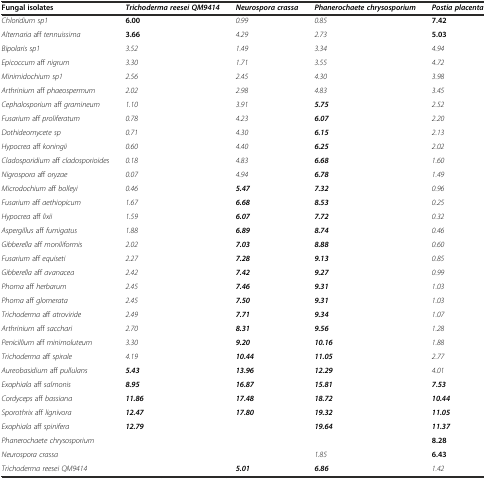
<table><thead><tr><td><b>Fungal isolates</b></td><td><b><i>Trichoderma reesei QM9414</i></b></td><td><b><i>Neurospora crassa</i></b></td><td><b><i>Phanerochaete chrysosporium</i></b></td><td><b><i>Postia placenta</i></b></td></tr></thead><tbody><tr><td><i>Chloridium sp1</i></td><td><b>6.00</b></td><td><i>0.99</i></td><td><i>0.85</i></td><td><b>7.42</b></td></tr><tr><td><i>Alternaria</i> aff <i>tennuissima</i></td><td><b>3.66</b></td><td><i>4.29</i></td><td><i>2.73</i></td><td><b>5.03</b></td></tr><tr><td><i>Bipolaris sp1</i></td><td><i>3.52</i></td><td><i>1.49</i></td><td><i>3.34</i></td><td><i>4.94</i></td></tr><tr><td><i>Epicoccum</i> aff <i>nigrum</i></td><td><i>3.30</i></td><td><i>1.71</i></td><td><i>3.55</i></td><td><i>4.72</i></td></tr><tr><td><i>Minimidochium sp1</i></td><td><i>2.56</i></td><td><i>2.45</i></td><td><i>4.30</i></td><td><i>3.98</i></td></tr><tr><td><i>Arthrinium</i> aff <i>phaeospermum</i></td><td><i>2.02</i></td><td><i>2.98</i></td><td><i>4.83</i></td><td><i>3.45</i></td></tr><tr><td><i>Cephalosporium</i> aff <i>gramineum</i></td><td><i>1.10</i></td><td><i>3.91</i></td><td><b><i>5.75</i></b></td><td><i>2.52</i></td></tr><tr><td><i>Fusarium</i> aff <i>proliferatum</i></td><td><i>0.78</i></td><td><i>4.23</i></td><td><b><i>6.07</i></b></td><td><i>2.20</i></td></tr><tr><td><i>Dothideomycete sp</i></td><td><i>0.71</i></td><td><i>4.30</i></td><td><b><i>6.15</i></b></td><td><i>2.13</i></td></tr><tr><td><i>Hypocrea</i> aff <i>koningii</i></td><td><i>0.60</i></td><td><i>4.40</i></td><td><b><i>6.25</i></b></td><td><i>2.02</i></td></tr><tr><td><i>Cladosporidium</i> aff <i>cladosporioides</i></td><td><i>0.18</i></td><td><i>4.83</i></td><td><b><i>6.68</i></b></td><td><i>1.60</i></td></tr><tr><td><i>Nigrospora</i> aff <i>oryzae</i></td><td><i>0.07</i></td><td><i>4.94</i></td><td><b><i>6.78</i></b></td><td><i>1.49</i></td></tr><tr><td><i>Microdochium</i> aff <i>bolleyi</i></td><td><i>0.46</i></td><td><b><i>5.47</i></b></td><td><b><i>7.32</i></b></td><td><i>0.96</i></td></tr><tr><td><i>Fusarium</i> aff <i>aethiopicum</i></td><td><i>1.67</i></td><td><b><i>6.68</i></b></td><td><b><i>8.53</i></b></td><td><i>0.25</i></td></tr><tr><td><i>Hypocrea</i> aff <i>lixii</i></td><td><i>1.59</i></td><td><b><i>6.07</i></b></td><td><b><i>7.72</i></b></td><td><i>0.32</i></td></tr><tr><td><i>Aspergillus</i> aff <i>fumigatus</i></td><td><i>1.88</i></td><td><b><i>6.89</i></b></td><td><b><i>8.74</i></b></td><td><i>0.46</i></td></tr><tr><td><i>Gibberella</i> aff <i>moniliformis</i></td><td><i>2.02</i></td><td><b><i>7.03</i></b></td><td><b><i>8.88</i></b></td><td><i>0.60</i></td></tr><tr><td><i>Fusarium</i> aff <i>equiseti</i></td><td><i>2.27</i></td><td><b><i>7.28</i></b></td><td><b><i>9.13</i></b></td><td><i>0.85</i></td></tr><tr><td><i>Gibberella</i> aff <i>avanacea</i></td><td><i>2.42</i></td><td><b><i>7.42</i></b></td><td><b><i>9.27</i></b></td><td><i>0.99</i></td></tr><tr><td><i>Phoma</i> aff <i>herbarum</i></td><td><i>2.45</i></td><td><b><i>7.46</i></b></td><td><b><i>9.31</i></b></td><td><i>1.03</i></td></tr><tr><td><i>Phoma</i> aff <i>glomerata</i></td><td><i>2.45</i></td><td><b><i>7.50</i></b></td><td><b><i>9.31</i></b></td><td><i>1.03</i></td></tr><tr><td><i>Trichoderma</i> aff <i>atroviride</i></td><td><i>2.49</i></td><td><b><i>7.71</i></b></td><td><b><i>9.34</i></b></td><td><i>1.07</i></td></tr><tr><td><i>Arthrinium</i> aff <i>sacchari</i></td><td><i>2.70</i></td><td><b><i>8.31</i></b></td><td><b><i>9.56</i></b></td><td><i>1.28</i></td></tr><tr><td><i>Penicillium</i> aff <i>minimoluteum</i></td><td><i>3.30</i></td><td><b><i>9.20</i></b></td><td><b><i>10.16</i></b></td><td><i>1.88</i></td></tr><tr><td><i>Trichoderma</i> aff <i>spirale</i></td><td><i>4.19</i></td><td><b><i>10.44</i></b></td><td><b><i>11.05</i></b></td><td><i>2.77</i></td></tr><tr><td><i>Aureobasidium</i> aff <i>pullulans</i></td><td><b><i>5.43</i></b></td><td><b><i>13.96</i></b></td><td><b><i>12.29</i></b></td><td><i>4.01</i></td></tr><tr><td><i>Exophiala</i> aff <i>salmonis</i></td><td><b><i>8.95</i></b></td><td><b><i>16.87</i></b></td><td><b><i>15.81</i></b></td><td><b><i>7.53</i></b></td></tr><tr><td><i>Cordyceps</i> aff <i>bassiana</i></td><td><b><i>11.86</i></b></td><td><b><i>17.48</i></b></td><td><b><i>18.72</i></b></td><td><b><i>10.44</i></b></td></tr><tr><td><i>Sporothrix</i> aff <i>lignivora</i></td><td><b><i>12.47</i></b></td><td><b><i>17.80</i></b></td><td><b><i>19.32</i></b></td><td><b><i>11.05</i></b></td></tr><tr><td><i>Exophiala</i> aff <i>spinifera</i></td><td><b><i>12.79</i></b></td><td></td><td><b><i>19.64</i></b></td><td><b><i>11.37</i></b></td></tr><tr><td><i>Phanerochaete chrysosporium</i></td><td></td><td></td><td></td><td><b>8.28</b></td></tr><tr><td><i>Neurospora crassa</i></td><td></td><td></td><td><i>1.85</i></td><td><b>6.43</b></td></tr><tr><td><i>Trichoderma reesei QM9414</i></td><td></td><td><b><i>5.01</i></b></td><td><b><i>6.86</i></b></td><td><i>1.42</i></td></tr></tbody></table>